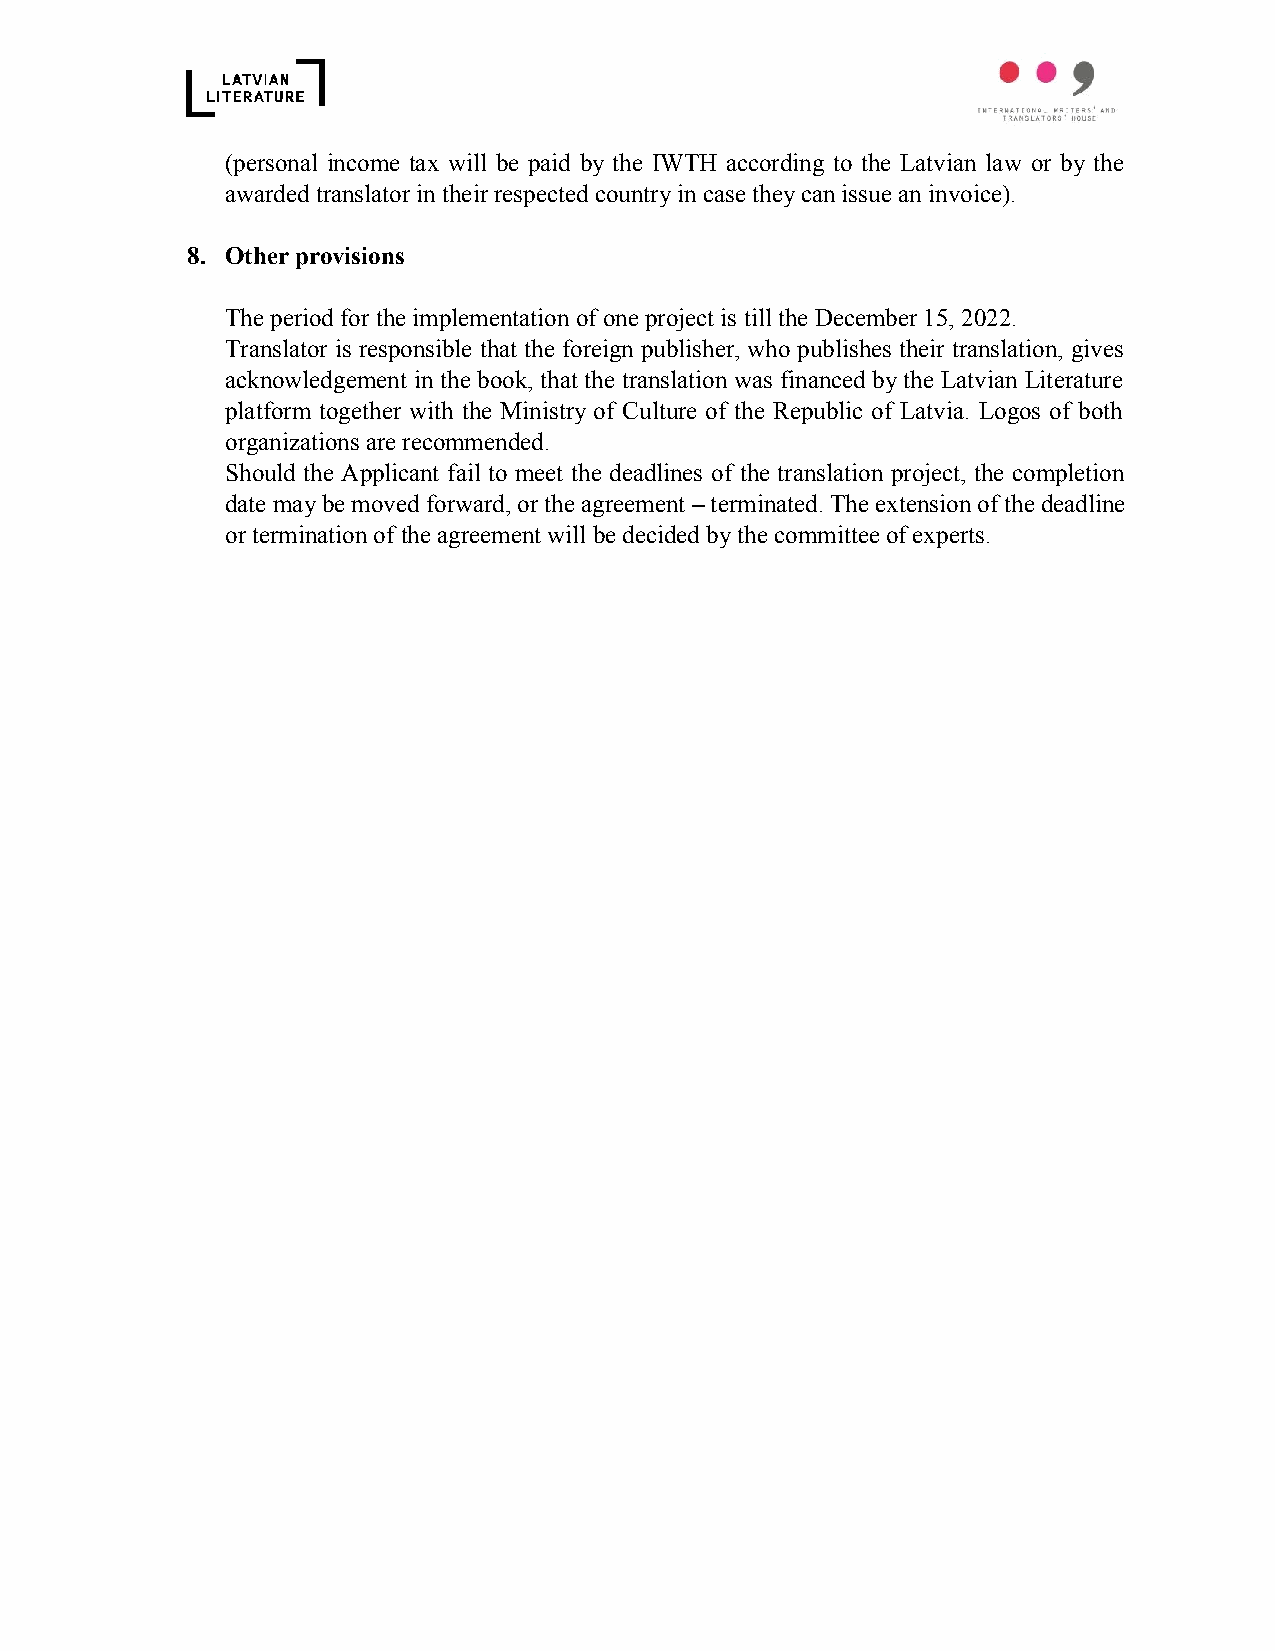
(personal income tax will be paid by the IWTH according to the Latvian law or by the
 awarded translator in their respected country in case they can issue an invoice).
 8. Other provisions
 The period for the implementation of one project is till the December 15, 2022.
 Translator is responsible that the foreign publisher, who publishes their translation, gives
 acknowledgement in the book, that the translation was financed by the Latvian Literature
 platform together with the Ministry of Culture of the Republic of Latvia. Logos of both
 organizations are recommended.
 Should the Applicant fail to meet the deadlines of the translation project, the completion
 date may be moved forward, or the agreement – terminated. The extension of the deadline
 or termination of the agreement will be decided by the committee of experts.